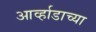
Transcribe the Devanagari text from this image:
आर्व्हाडाच्या